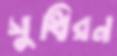
সুধিরন